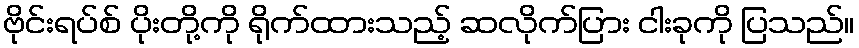
ဗိုင်းရပ်စ် ပိုးတို့ကို ရိုက်ထားသည့် ဆလိုက်ပြား ငါးခုကို ပြသည်။